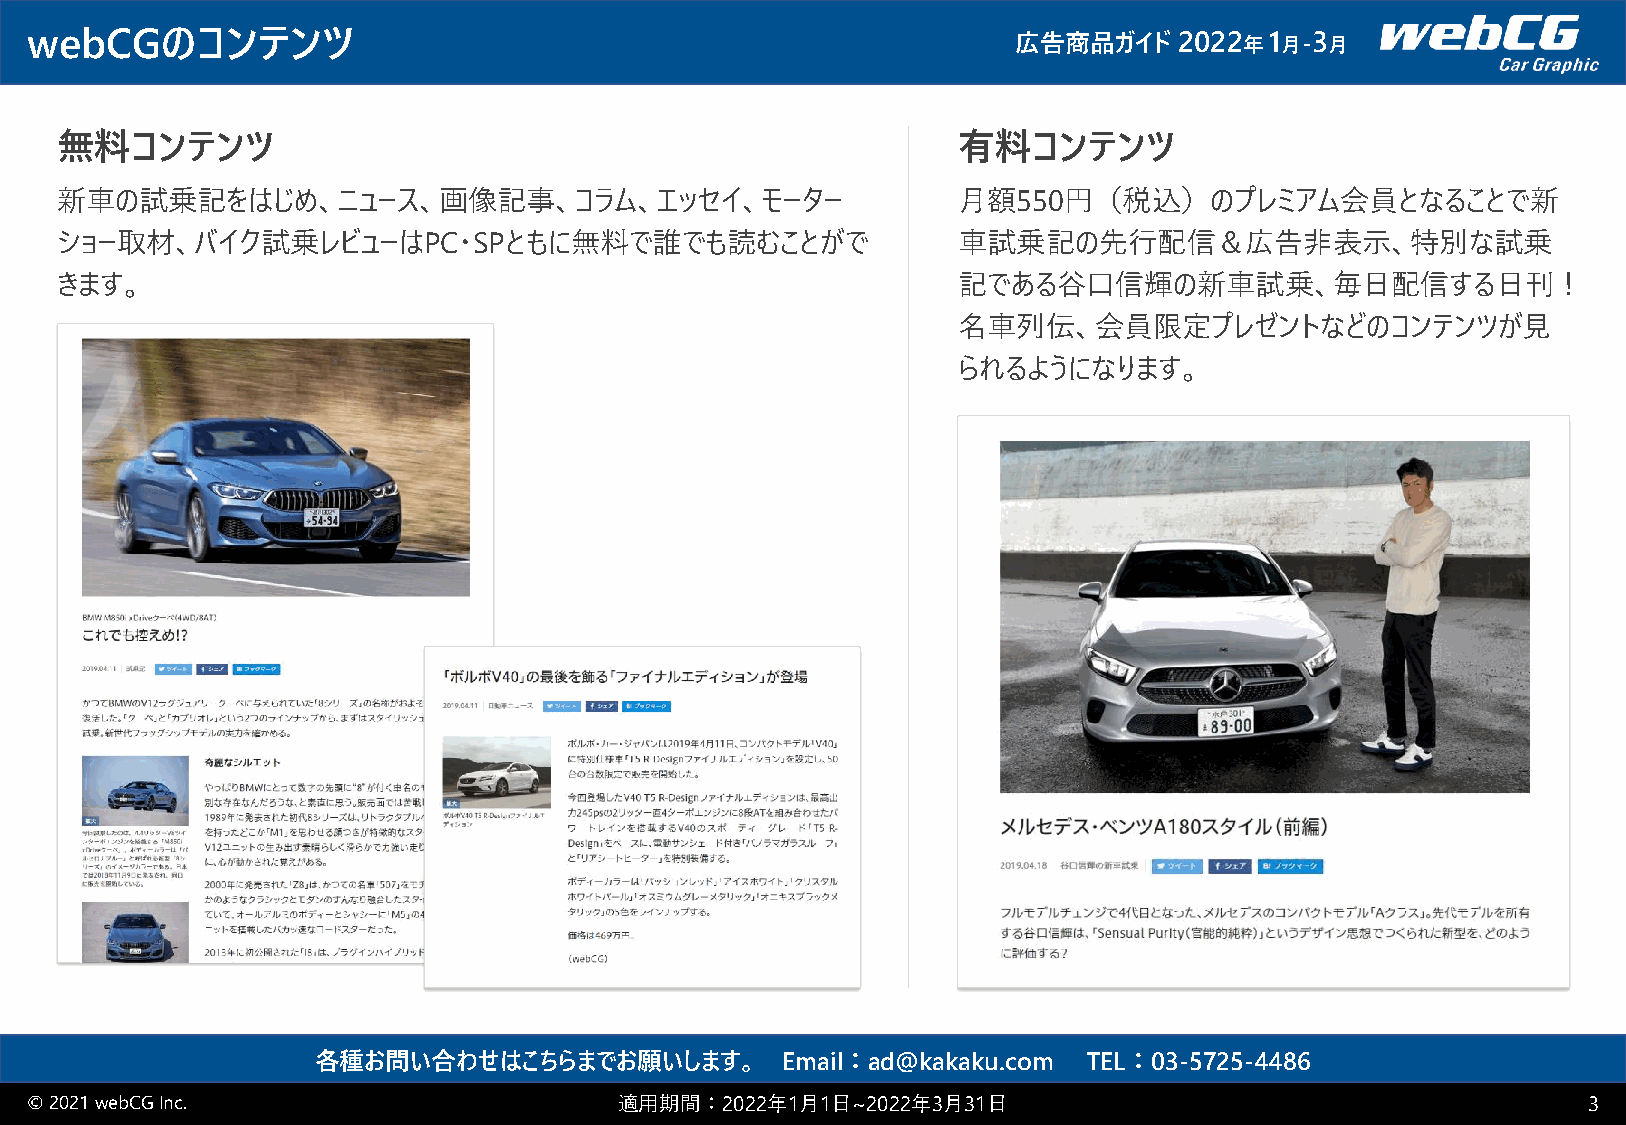
webCGのコンテンツ                                                      広告商品ガイド    2022 年1 月-3 月
 無料コンテンツ                                                    有料コンテンツ
 新車の試乗記をはじめ、ニュース、画像記事、コラム、エッセイ、モーター                         月額550円（税込）のプレミアム会員となることで新
 ショー取材、バイク試乗レビューはPC・SPともに無料で誰でも読むことがで                       車試乗記の先行配信＆広告非表示、特別な試乗
 きます。                                                       記である谷口信輝の新車試乗、毎日配信する日刊！
 名車列伝、会員限定プレゼントなどのコンテンツが見
 られるようになります。
 各種お問い合わせはこちらまでお願いします。          Email：ad@kakaku.com TEL：03-5725-4486
 © 2021 webCGInc.                       適用期間：2022年1月1日~2022年3月31日                                       3